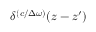
\delta ^ { ( c / \Delta \omega ) } \! \left( z - z ^ { \prime } \right)